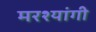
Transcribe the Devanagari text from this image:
मरश्यांगी